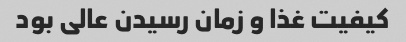
کیفیت غذا و زمان رسیدن عالی بود